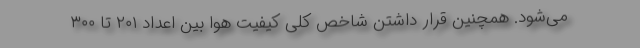
می‌شود. همچنین قرار داشتن شاخص کلی کیفیت هوا بین اعداد ۲۰۱ تا ۳۰۰